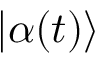
| \alpha ( t ) \rangle